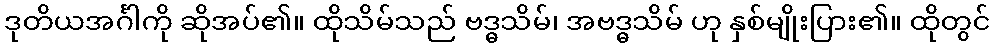
ဒုတိယအင်္ဂါကို ဆိုအပ်၏။ ထိုသိမ်သည် ဗဒ္ဓသိမ်၊ အဗဒ္ဓသိမ် ဟု နှစ်မျိုးပြား၏။ ထိုတွင်